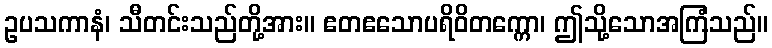
ဥပသကာနံ၊ သီတင်းသည်တို့အား။ ဧတဧသောပရိဝိတက္ကော၊ ဤသို့သောအကြံသည်။